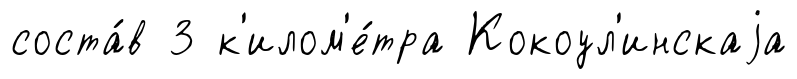
соста́в 3 к'илом'е́тра Кокоул'инскаjа